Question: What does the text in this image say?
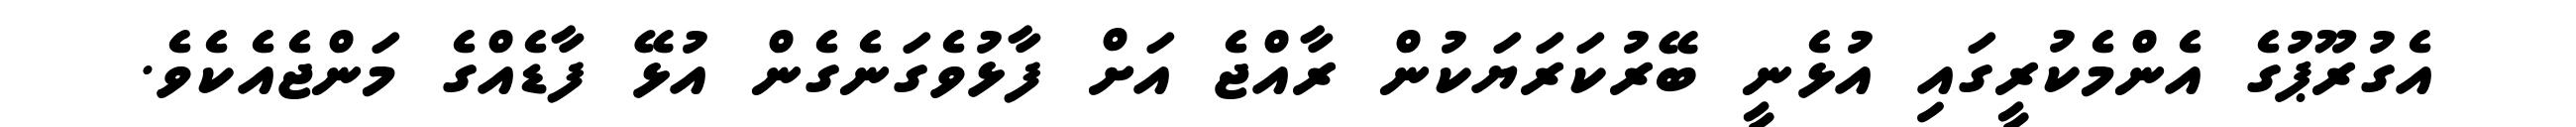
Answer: އެގުރޫޕުގެ އެންމެކުރީގައި އުޅެނީ ބޭރުކަރަޔަކުން ރާއްޖެ އަށް ފާޅުވެގަނެގެން އުޅޭ ފާޑެއްގެ މަންޖެއެކެވެ.